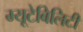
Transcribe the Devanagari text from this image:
म्यूटेबिलिटी